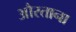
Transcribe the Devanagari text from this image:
औरताना